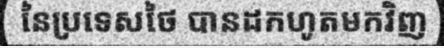
នៃប្រទេសថៃ បានដកហូតមកវិញ